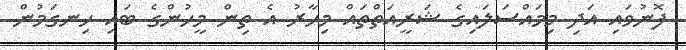
ފޮނުވައި އަދި މިމައްސަލައިގެ ޝަރީއަތްތައް މިހާރު އެ ތިން މީހުންގެ ބައި ހިނގަމުން